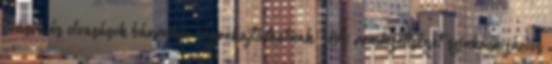
Írások és olvasások bármikor végrehajtódhatnak – A rendezettséget szinkronizációs